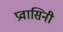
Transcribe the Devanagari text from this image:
प्रवासिनी